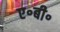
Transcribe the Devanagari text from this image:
ए॰बी॰